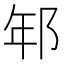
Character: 𨚶